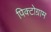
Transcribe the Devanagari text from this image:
पिक्टोग्राम